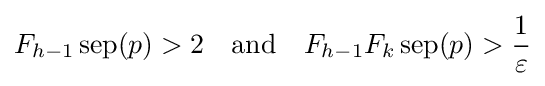
F_{h-1}\operatorname {sep} (p)>2\quad {\text{and}}\quad F_{h-1}F_{k}\operatorname {sep} (p)>{\frac {1}{\varepsilon }}